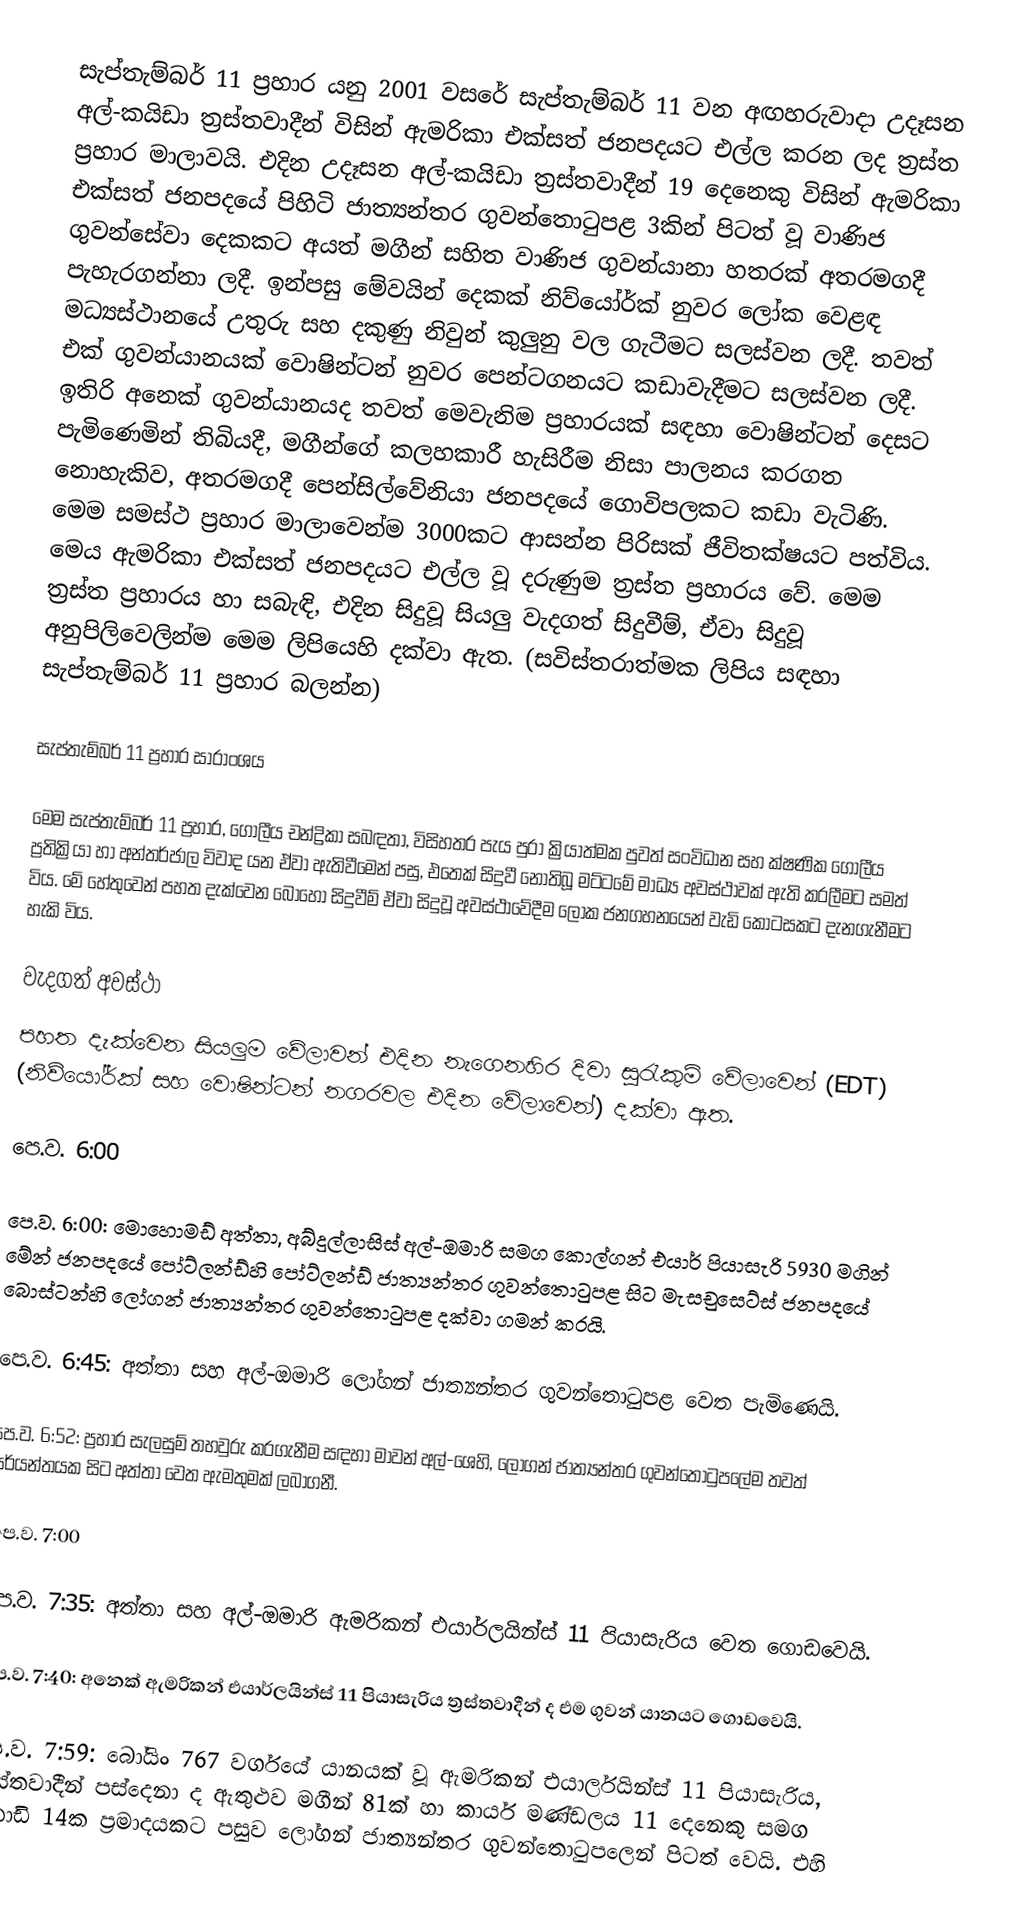
සැප්තැම්බර් 11 ප්‍රහාර යනු 2001 වසරේ සැප්තැම්බර් 11 වන අඟහරුවාදා උදෑසන අල්-කයිඩා ත්‍රස්තවාදීන් විසින් ඇමරිකා එක්සත් ජනපදයට එල්ල කරන ලද ත්‍රස්ත ප්‍රහාර මාලාවයි. එදින උදෑසන අල්-කයිඩා ත්‍රස්තවාදීන් 19 දෙනෙකු විසින් ඇමරිකා එක්සත් ජනපදයේ පිහිටි ජාත්‍යන්තර ගුවන්තොටුපළ 3කින් පිටත් වූ වාණිජ ගුවන්සේවා දෙකකට අයත් මගීන් සහිත වාණිජ ගුවන්යානා හතරක් අතරමගදී පැහැරගන්නා ලදී. ඉන්පසු මේවයින් දෙකක් නිව්යෝර්ක් නුවර ලෝක වෙළඳ මධ්‍යස්ථානයේ උතුරු සහ දකුණු නිවුන් කුලුනු වල ගැටීමට සලස්වන ලදී. තවත් එක් ගුවන්යානයක් වොෂින්ටන් නුවර පෙන්ටගනයට කඩාවැදීමට සලස්වන ලදී. ඉතිරි අනෙක් ගුවන්යානයද තවත් මෙවැනිම ප්‍රහාරයක් සඳහා වොෂින්ටන් දෙසට පැමිණෙමින් තිබියදී, මගීන්ගේ කලහකාරී හැසිරීම නිසා පාලනය කරගත නොහැකිව, අතරමගදී පෙන්සිල්වේනියා ජනපදයේ ගොවිපලකට කඩා වැටිණි. මෙම සමස්ථ ප්‍රහාර මාලාවෙන්ම 3000කට ආසන්න පිරිසක් ජීවිතක්ෂයට පත්විය. මෙය ඇමරිකා එක්සත් ජනපදයට එල්ල වූ දරුණුම ත්‍රස්ත ප්‍රහාරය වේ. මෙම ත්‍රස්ත ප්‍රහාරය හා සබැඳි, එදින සිදුවූ සියලු වැදගත් සිදුවීම්, ඒවා සිදුවූ අනුපිලිවෙලින්ම මෙම ලිපියෙහි දක්වා ඇත. (සවිස්තරාත්මක ලිපිය සඳහා සැප්තැම්බර් 11 ප්‍රහාර බලන්න)

සැප්තැම්බර් 11 ප්‍රහාර සාරාංශය

මෙම සැප්තැම්බර් 11 ප්‍රහාර, ගෝලීය චන්ද්‍රිකා සබඳතා, විසිහතර පැය පුරා ක්‍රියාත්මක පුවත් සංවිධාන සහ ක්ෂණික ගෝලීය ප්‍රතික්‍රියා හා අන්තර්ජාල විවාද යන ඒවා ඇතිවීමෙන් පසු, එතෙක් සිදුවී නොතිබූ මට්ටමේ මාධ්‍ය අවස්ථාවක් ඇති කරලීමට සමත් විය. මේ හේතුවෙන් පහත දැක්වෙන බොහෝ සිදුවීම් ඒවා සිදුවූ අවස්ථාවේදීම ලෝක ජනගහනයෙන් වැඩි කොටසකට දැනගැනීමට හැකි විය.

වැදගත් අවස්ථා
පහත දැක්වෙන සියලුම වේලාවන් එදින නැගෙනහිර දිවා සුරැකුම් වේලාවෙන් (EDT) (නිව්යෝර්ක් සහ වොෂින්ටන් නගරවල එදින වේලාවෙන්) දක්වා ඇත.

පෙ.ව. 6:00

පෙ.ව. 6:00: මොහොමඩ් අත්තා, අබ්දුල්ලාසිස් අල්-ඔමාරි සමග කොල්ගන් එයාර් පියාසැරි 5930 මගින් මේන් ජනපදයේ පෝට්ලන්ඩ්හි  පෝට්ලන්ඩ් ජාත්‍යන්තර ගුවන්තොටුපළ සිට  මැසචුසෙට්ස් ජනපදයේ බොස්ටන්හි ලෝගන් ජාත්‍යන්තර ගුවන්තොටුපළ දක්වා ගමන් කරයි.

පෙ.ව. 6:45: අත්තා සහ අල්-ඔමාරි ලෝගන් ජාත්‍යන්තර ගුවන්තොටුපළ වෙත පැමිණෙයි.

පෙ.ව. 6:52: ප්‍රහාර සැලසුම් තහවුරු කරගැනීම සඳහා මාවන් අල්-ශෙහි, ලෝගන් ජාත්‍යන්තර ගුවන්තොටුපලේම තවත් පර්යන්තයක සිට අත්තා වෙත ඇමතුමක් ලබාගනී.

පෙ.ව. 7:00

පෙ.ව. 7:35: අත්තා සහ අල්-ඔමාරි ඇමරිකන් එයාර්ලයින්ස් 11 පියාසැරිය වෙත ගොඩවෙයි.

පෙ.ව. 7:40: අනෙක් ඇමරිකන් එයාර්ලයින්ස් 11 පියාසැරිය ත්‍රස්තවාදීන් ද එම ගුවන් යානයට ගොඩවෙයි.

පෙ.ව. 7:59: බෝයිං 767 වර්ගයේ යානයක් වූ ඇමරිකන් එයාර්ලයින්ස් 11 පියාසැරිය, ත්‍රස්තවාදීන් පස්දෙනා ද ඇතුළුව මගීන් 81ක් හා කාර්ය මණ්ඩලය 11 දෙනෙකු සමග විනාඩි 14ක ප්‍රමාදයකට පසුව ලෝගන් ජාත්‍යන්තර ගුවන්තොටුපලෙන් පිටත් වෙයි. එහි